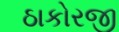
ઠાકોરજી